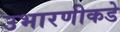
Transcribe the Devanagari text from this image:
उभारणीकडे